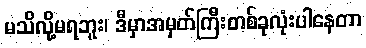
မသိလို့မရဘူး၊ ဒီမှာအမှတ်ကြီးတစ်ခုလုံးပါနေတာ